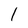
Character: l